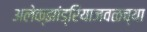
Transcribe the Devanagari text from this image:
अलेक्झांड्रियाजवळच्या